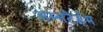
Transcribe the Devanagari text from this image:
अम्सटैर्डम